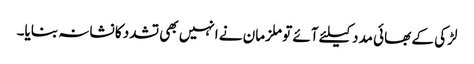
لڑکی کے بھائی مدد کیلئے آئے تو ملزمان نے انہیں بھی تشدد کا نشانہ بنایا۔